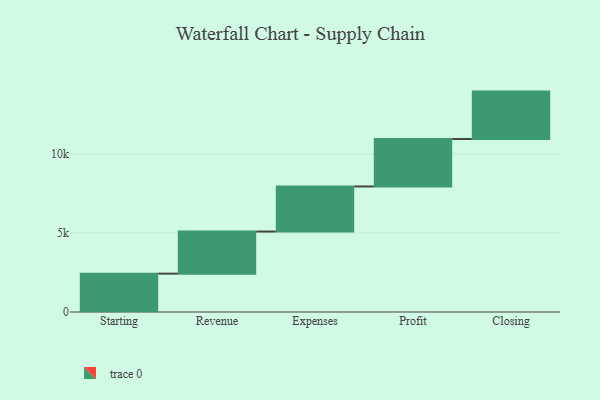
{"axis": {"x": "Step", "y": "Value"}, "legend": [""], "data": [{"x": "Starting", "y": 2427.0, "type": ""}, {"x": "Revenue", "y": 2663.0, "type": ""}, {"x": "Expenses", "y": 2852.0, "type": ""}, {"x": "Profit", "y": 3000, "type": ""}, {"x": "Closing", "y": 3000, "type": ""}]}